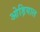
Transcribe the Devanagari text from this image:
ओड़ियाल